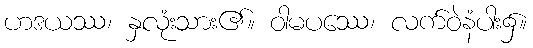
ဟဒယဿ၊ နှလုံးသား၏။ ဝါမပဿေ၊ လက်ဝဲနံပါး၌။